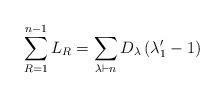
LaTeX: \begin{align*}\sum_{R=1}^{n-1} L_R = \sum_{\lambda \vdash n } D_{\lambda} \left( \lambda_1' -1 \right)\end{align*}